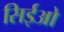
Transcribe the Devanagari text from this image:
सिईओ